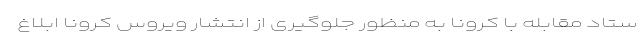
ستاد مقابله با کرونا به منظور جلوگیری از انتشار ویروس کرونا ابلاغ